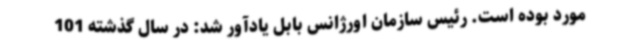
مورد بوده است. رئیس سازمان اورژانس بابل یادآور شد: در سال گذشته 101